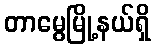
တာမွေမြို့နယ်ရှိ